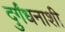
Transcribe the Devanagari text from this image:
दुर्गंधनाशी